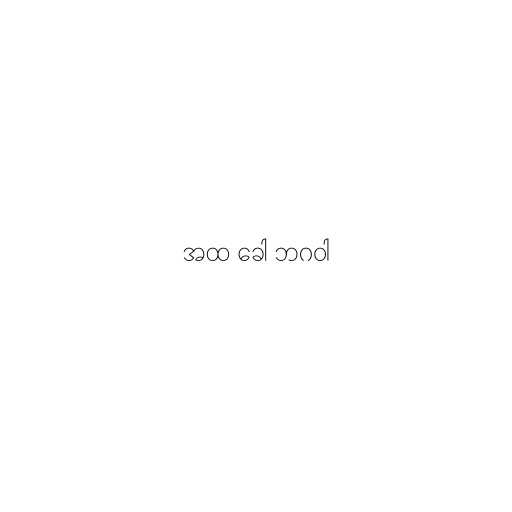
အထ ခေါ ဘဂဝါ